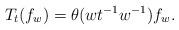
LaTeX: \begin{align*}T_{t}(f_w)=\theta(wt^{-1}w^{-1})f_{w}.\end{align*}